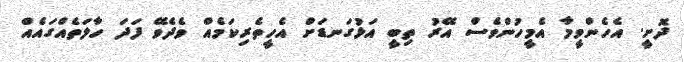
ދޮށީ. އެހެންވީމާ އެމީހުންވެސް އޭރު ތިބީ އަޅުގަނޑަށް އެހީތެރިކަމެއް ވެދެވޭ ފަދަ ހާލަތެއްގައެއް